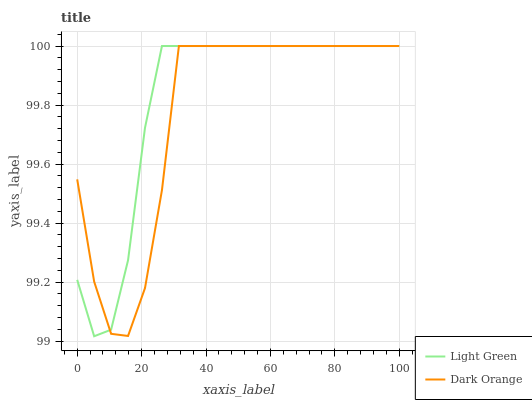
| xaxis_label | Light Green | Dark Orange |
 | --- | --- | --- |
 | 0 | 99.2 | 99.5 |
 | 5.26 | 99 | 99.2 |
 | 10.5 | 99 | 99 |
 | 15.8 | 99.3 | 99 |
 | 21.1 | 99.7 | 99.2 |
 | 26.3 | 100 | 99.5 |
 | 31.6 | 100 | 100 |
 | 36.8 | 100 | 100 |
 | 42.1 | 100 | 100 |
 | 47.4 | 100 | 100 |
 | 52.6 | 100 | 100 |
 | 57.9 | 100 | 100 |
 | 63.2 | 100 | 100 |
 | 68.4 | 100 | 100 |
 | 73.7 | 100 | 100 |
 | 78.9 | 100 | 100 |
 | 84.2 | 100 | 100 |
 | 89.5 | 100 | 100 |
 | 94.7 | 100 | 100 |
 | 100 | 100 | 100 |